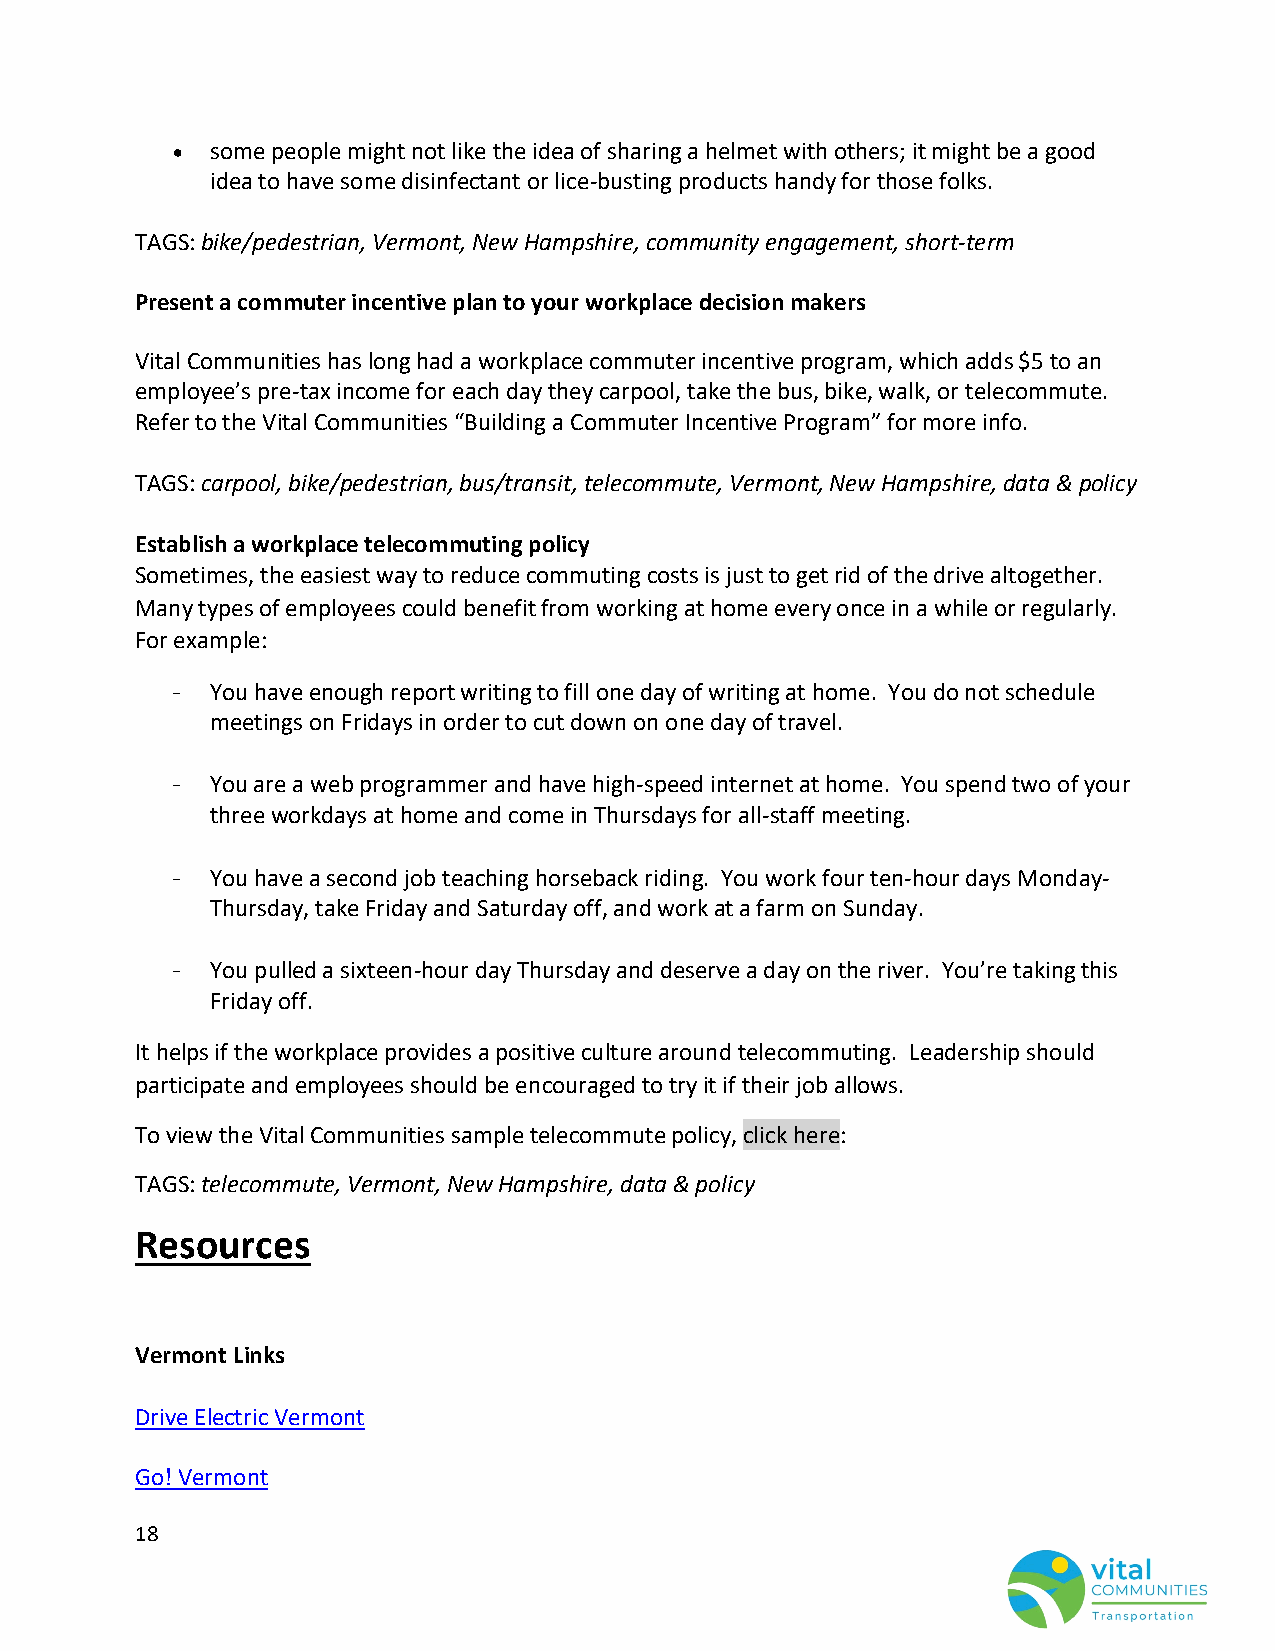
•  some people might not like the idea of sharing a helmet with others; it might be a good
 idea to have some disinfectant or lice-busting products handy for those folks.
 TAGS: bike/pedestrian, Vermont, New Hampshire, community engagement, short-term
 Present a commuter incentive plan to your workplace decision makers
 Vital Communities has long had a workplace commuter incentive program, which adds $5 to an
 employee’s pre-tax income for each day they carpool, take the bus, bike, walk, or telecommute.
 Refer to the Vital Communities “Building a Commuter Incentive Program” for more info.
 TAGS: carpool, bike/pedestrian, bus/transit, telecommute, Vermont, New Hampshire, data & policy
 Establish a workplace telecommuting policy
 Sometimes, the easiest way to reduce commuting costs is just to get rid of the drive altogether.
 Many types of employees could benefit from working at home every once in a while or regularly.
 For example:
 -  You have enough report writing to fill one day of writing at home. You do not schedule
 meetings on Fridays in order to cut down on one day of travel.
 -  You are a web programmer and have high-speed internet at home. You spend two of your
 three workdays at home and come in Thursdays for all-staff meeting.
 -  You have a second job teaching horseback riding. You work four ten-hour days Monday-
 Thursday, take Friday and Saturday off, and work at a farm on Sunday.
 -  You pulled a sixteen-hour day Thursday and deserve a day on the river. You’re taking this
 Friday off.
 It helps if the workplace provides a positive culture around telecommuting. Leadership should
 participate and employees should be encouraged to try it if their job allows.
 To view the Vital Communities sample telecommute policy, click here:
 TAGS: telecommute, Vermont, New Hampshire, data & policy
 Resources
 Vermont Links
 Drive Electric Vermont
 Go! Vermont
 18